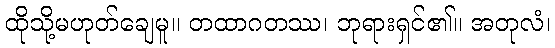
ထိုသို့မဟုတ်ချေမူ။ တထာဂတဿ၊ ဘုရားရှင်၏။ အတုလံ၊